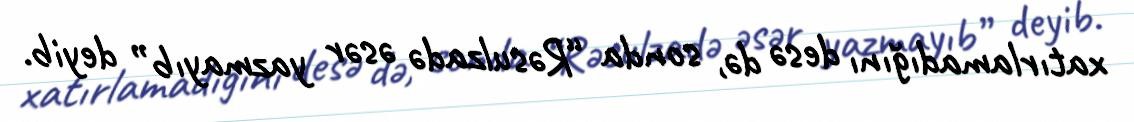
xatırlamadığını desə də, sonda “Rəsulzadə əsər yazmayıb” deyib.